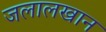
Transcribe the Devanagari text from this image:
जलालखान